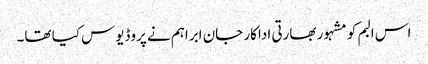
اس البم کو مشہور بھارتی اداکار جان ابراہم نے پروڈیوس کیا تھا۔